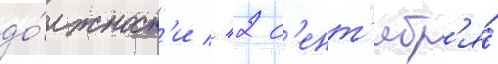
до́лжност'и // 2 с'ент'ябр'я́